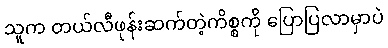
သူက တယ်လီဖုန်းဆက်တဲ့ကိစ္စကို ပြောပြလာမှာပဲ